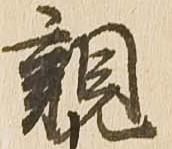
親